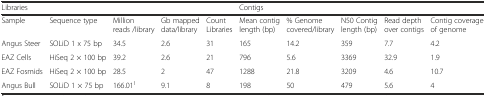
| <COLSPAN=5> Libraries | <COLSPAN=5> Contigs |
 | --- | --- | --- | --- | --- | --- | --- | --- | --- | --- |
 | Sample | Sequence type | Million reads /library | Gb mapped data/library | Count Libraries | Mean contig length (bp) | % Genome covered/library | N50 Contig length (bp) | Read depth over contigs | Contig coverage of genome |
 | Angus Steer | SOLiD 1 x 75 bp | 34.5 | 2.6 | 31 | 165 | 14.2 | 359 | 7.7 | 4.2 |
 | EAZ Cells | HiSeq 2 × 100 bp | 39.2 | 2.6 | 21 | 796 | 5.6 | 3369 | 32.9 | 1.9 |
 | EAZ Fosmids | HiSeq 2 × 100 bp | 28.5 | 2 | 47 | 1288 | 21.8 | 3209 | 4.6 | 10.7 |
 | Angus Bull | SOLiD 1 × 75 bp | 166.011 | 9.1 | 8 | 198 | 50 | 479 | 5.6 | 4 |